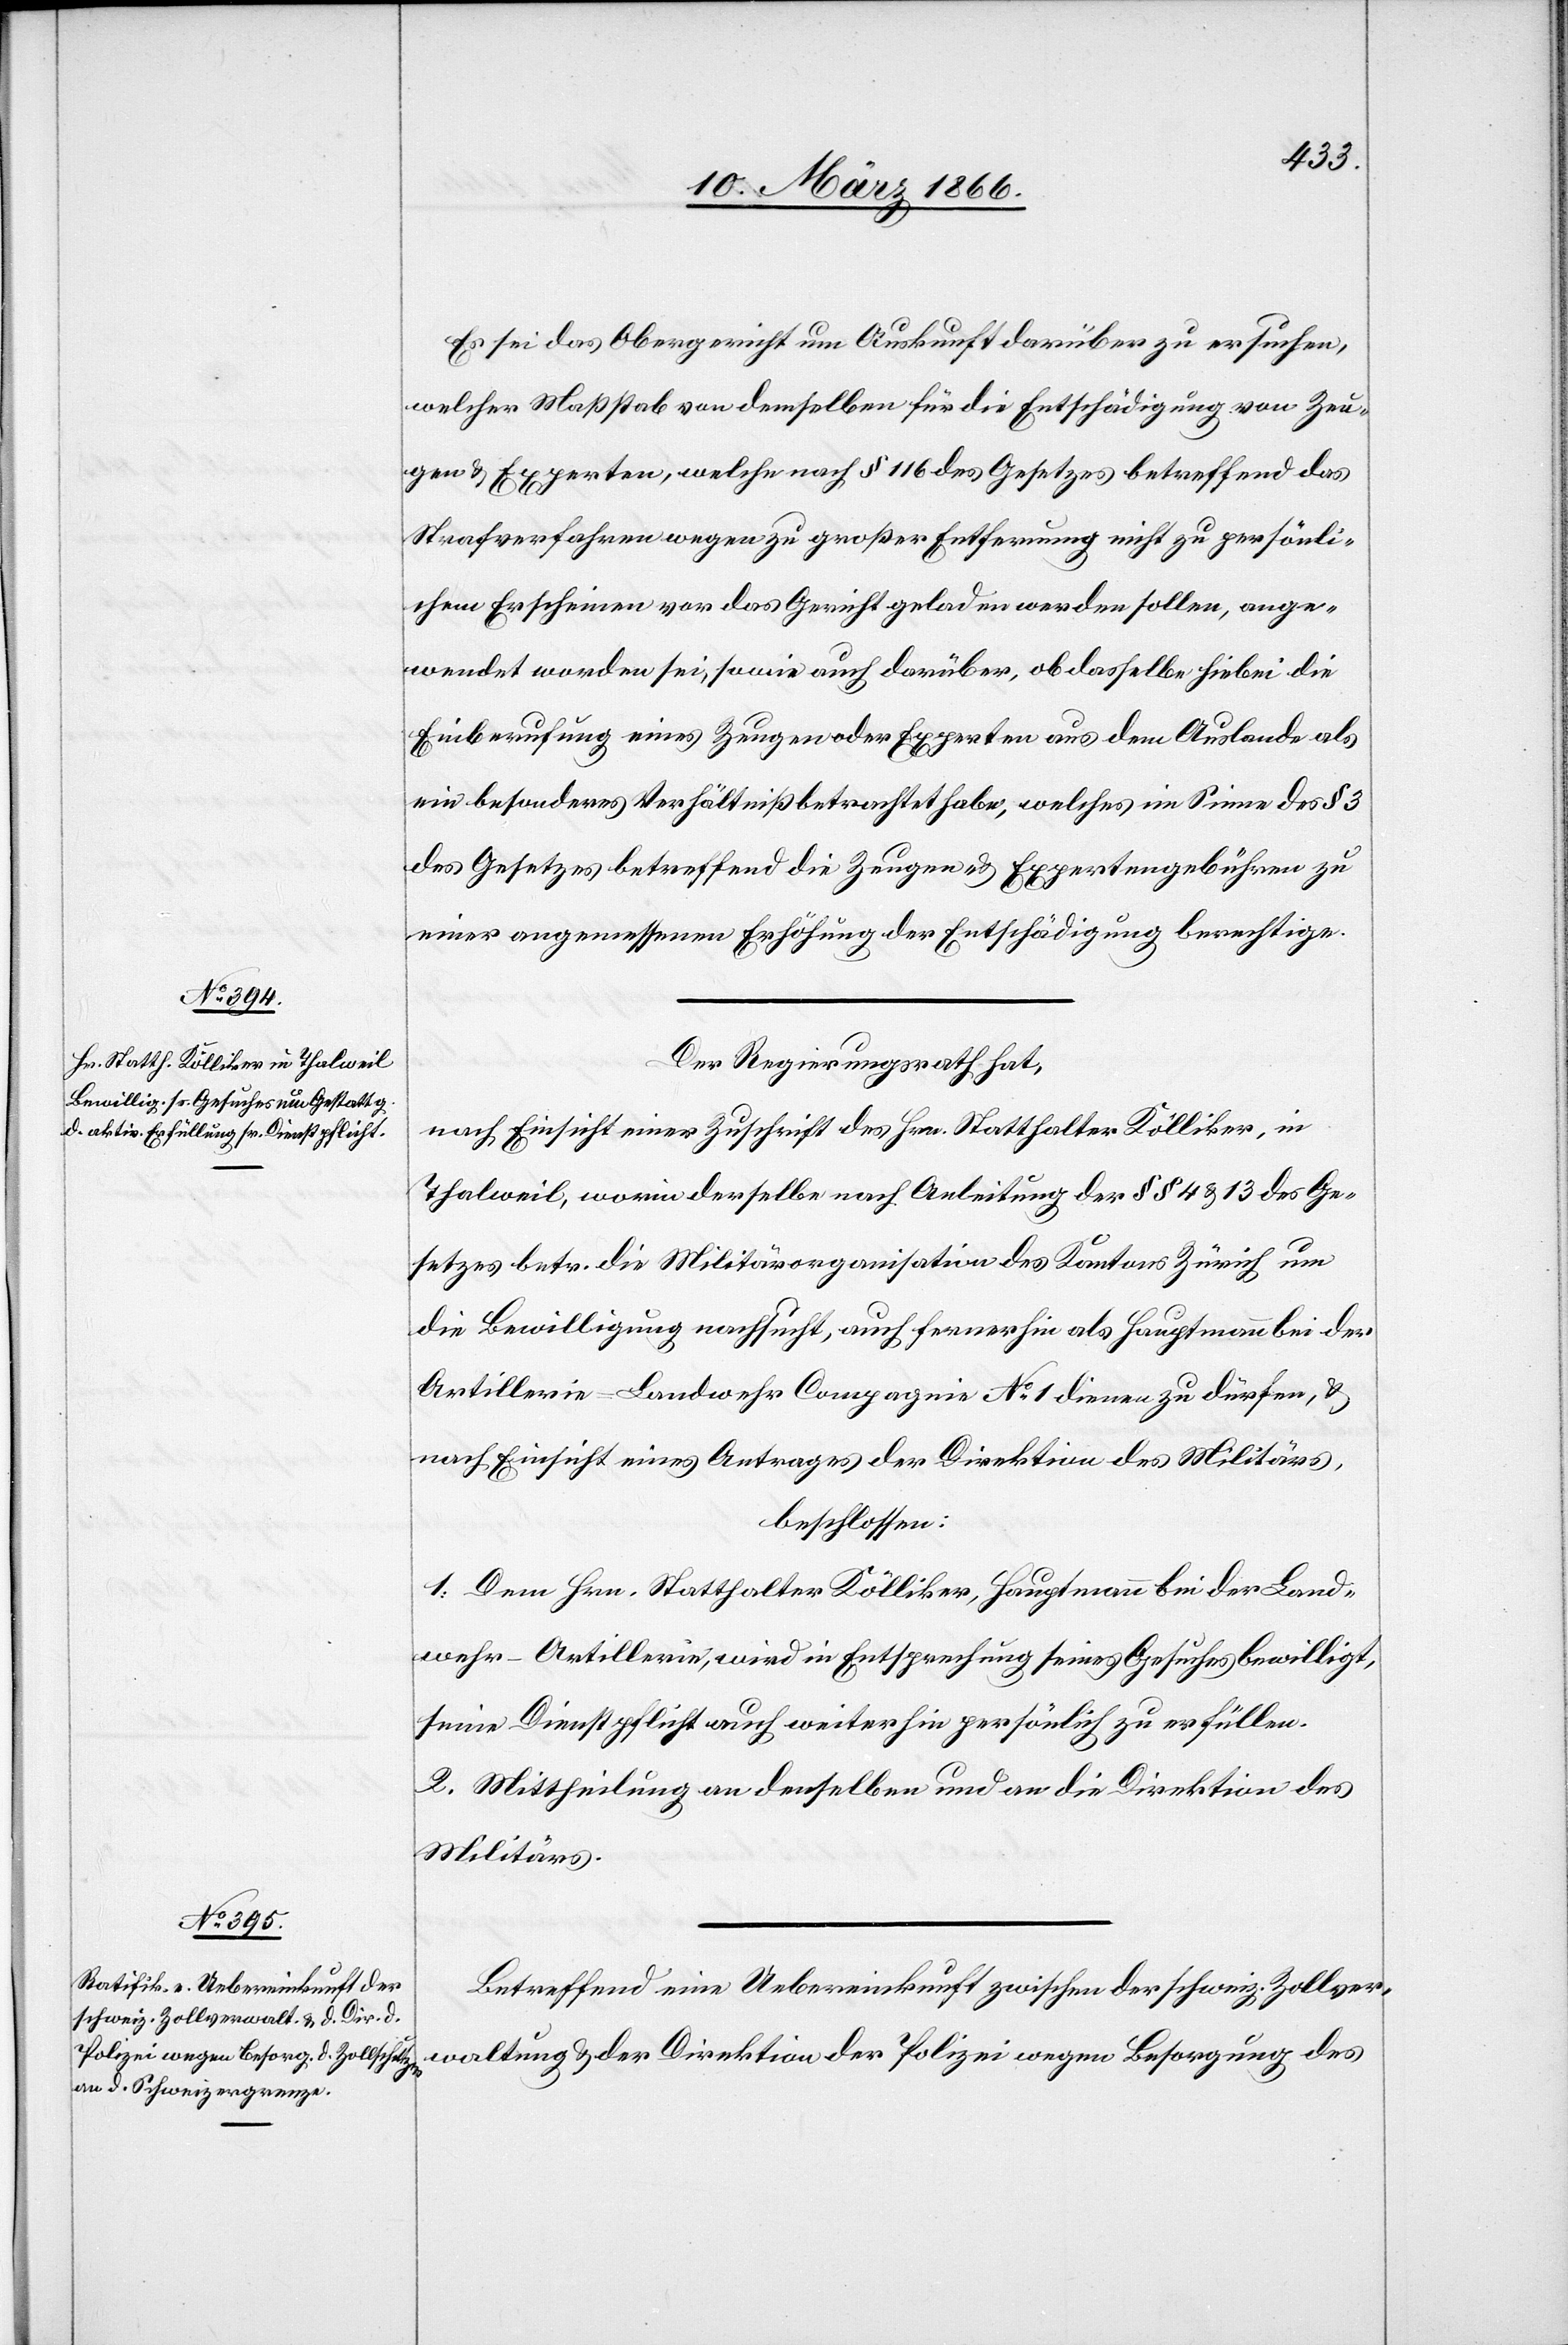
Es sei das Obergericht um Auskunft darüber zu ersuchen,
welcher Maßstab von demselben für die Entschädigung von Zeu¬
gen u. Experten, welche nach § 116 des Gesetzes betreffend das
Strafverfahren wegen zu großer Entfernung nicht zu persönli¬
chem Erscheinen vor das Gericht geladen werden sollen, ange¬
wendet worden sei, sowie auch darüber, ob dasselbe hiebei die
Einberufung eines Zeugen oder Experten aus dem Auslande als
ein besonderes Verhältniß betrachtet habe, welches im Sinne des § 3
des Gesetzes betreffend die Zeugen- u. Expertengebühren zu
einer angemessenen Erhöhung der Entschädigung berechtige.
Der Regierungsrath hat,
nach Einsicht einer Zuschrift des Hrn. Statthalter Kölliker, in
Thalweil, worin derselbe nach Anleitung der § § 43 u. 13 des Ge¬
setzes betr. die Militärorganisation des Kantons Zürich um
die Bewilligung nachsucht, auch fernerhin als Hauptmann bei der
Artillerie-Landwehr Compagnie No. 1 dienen zu dürfen, u.
nach Einsicht eines Antrages der Direktion des Militärs,
beschlossen:
1. Dem Hrn. Statthalter Kölliker, Hauptmann bei der Land¬
wehr-Artillerie, wird in Entsprechung seines Gesuches bewilligt,
seine Dienstpflicht auch weiterhin persönlich zu erfüllen.
2. Mittheilung an denselben und an die Direktion des
Militärs.
Betreffend eine Uebereinkunft zwischen der schweiz. Zollver¬
waltung u. der Direktion der Polizei wegen Besorgung des